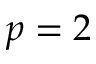
p = 2